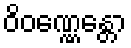
ဝိဝဏ္ဏေန္တော